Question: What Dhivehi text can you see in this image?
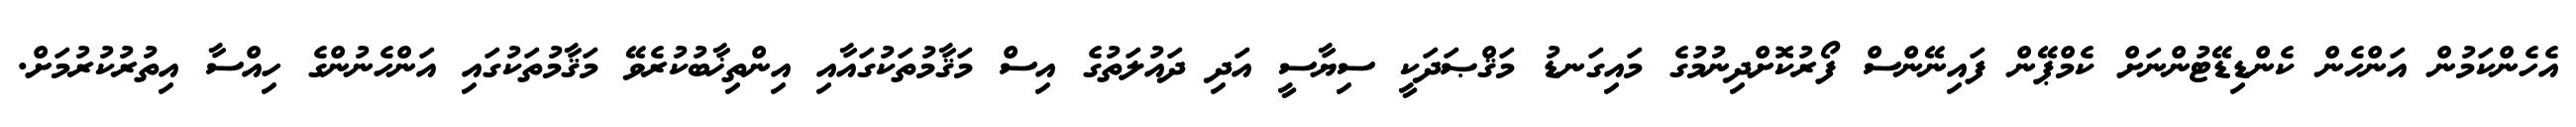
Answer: އެހެންކަމުން އަންހެން ކެންޑިޑޭޓުންނަށް ކެމްޕޭން ފައިނޭންސް ފޯރުކޮށްދިނުމުގެ މައިގަނޑު މަޤްޞަދަކީ ސިޔާސީ އަދި ދައުލަތުގެ އިސް މަޤާމުތަކުގައާއި އިންތިޚާބުކުރެވޭ މަޤާމުތަކުގައި އަންހެނުންގެ ހިއްސާ އިތުރުކުރުމަށް.